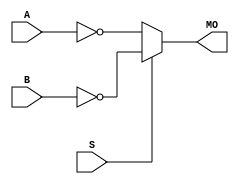
module stratixiigx_nmux21 (MO, A, B, S);
   input A, B, S; 
   output MO; 
   assign MO = (S == 1) ? ~B : ~A; 
endmodule